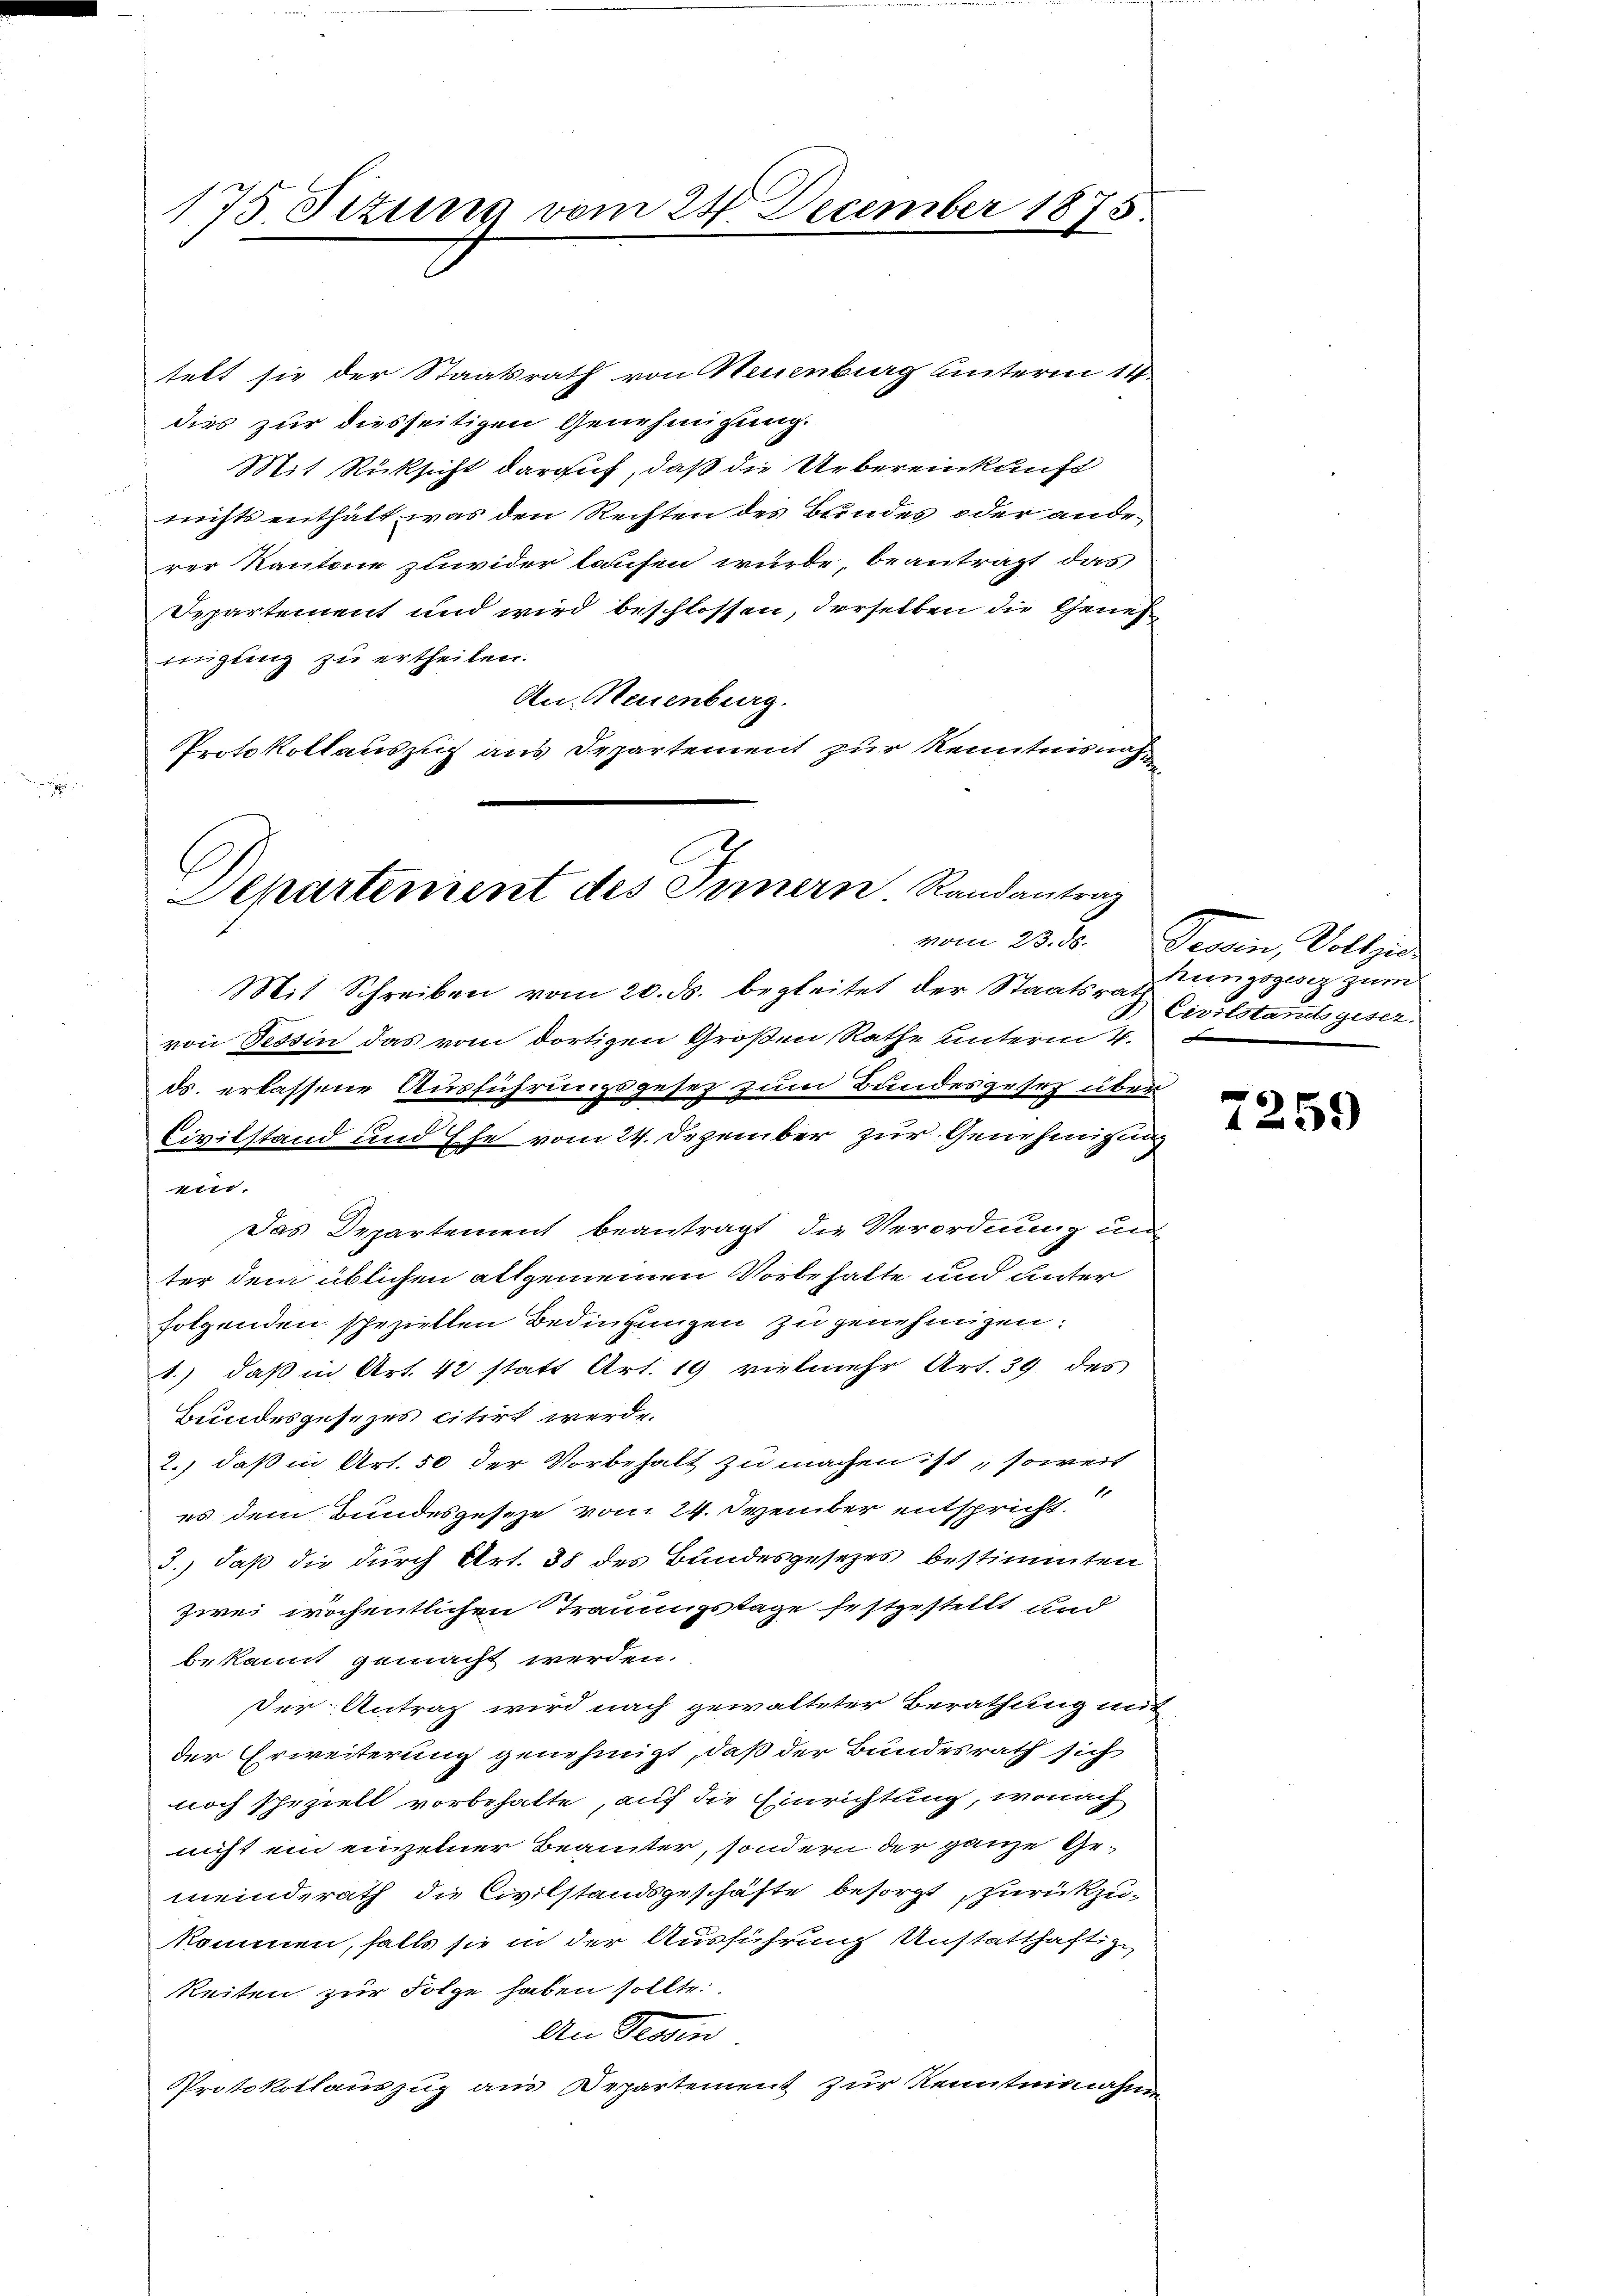
175. Situng vom 23. December 1875

ebt sie der Staatsrath von Neuenburg unterm 14.
dies zur diesseitigen Genehmigung.
Mit Rücksicht darauf, daß die Uebereinkunft
nichts enthält, was den Rechten des Bundes oder anderer Kantone zuwider laufen wurde, beantragt das
Separtement und wird beschlossen, derselben die Geneh
nügling zu ertheilen.
An Neuenburg.
Protokollauszug aus Departement zur Kenntnisnah¬

Departinient des Innern Randantrag
vom 23. ds.

Mit Schreiben vom 20. ds. begleitet der Staatsrath,
von Tessin das vom dortigen Großen Rathe unterm 4.
ds. erlassene Ausführungsgesetz zum Bundesgesetz über
Civilstand und Ehe vom 24. Dezember zur Genehmigung
per.
Das Departement beantragt, die Verordnung un
ter dem üblichen allgemeinen Vorbehalte und unter
folgenden spezielten Bedingungen zu genehmigen.
1.) daß in Art. 42 statt Art. 19 vielmehr Art. 39 des
Bundesgesezes citirt werde.
2.) daß in Art. 50 der Vorbehalt zu machen ist soweit
es dem Bundesgeseze vom 24. Dezember entspricht.
J.) daß die durch Art. 38 des Bundesgesezes bestimmten
zwei wöchentlichen Trauungstage festgestellt und
bekannt gemacht werden.
Der Antrag wird nach gewalteter Berathung mit
der Erweiterung genehmigt, daß der Bundesrath sich
noch spezielt vorbehalte, auf die Einrichtung, wonach
nicht ein einzelner Beamter, sondern der ganze Gemeinderath die Civilstandsgeschäfte besorgt, zurückzu-
kommen, falls sie in der Ausführung Unstatthaftige
keiten zur Folge haben sollte
An Tessin
Protokollauszug aus Departement zur Kenntnisnahmen

Peerin, Vollzie
hungsgesez zum
Civilstamtsgeser.

7259